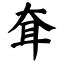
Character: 耷